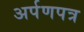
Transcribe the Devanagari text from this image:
अर्पणपत्र